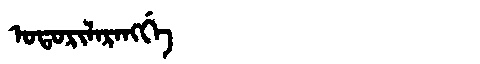
Manchu: ᠣᡨᠣᡵᡳᠯᠠᡵᠠᠩᡤᡝ
Romanization: OTORILARANGGE